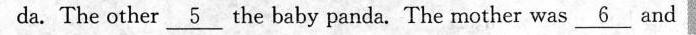
da. The other \underline{5} the baby panda. The mother was\underline{6 } and